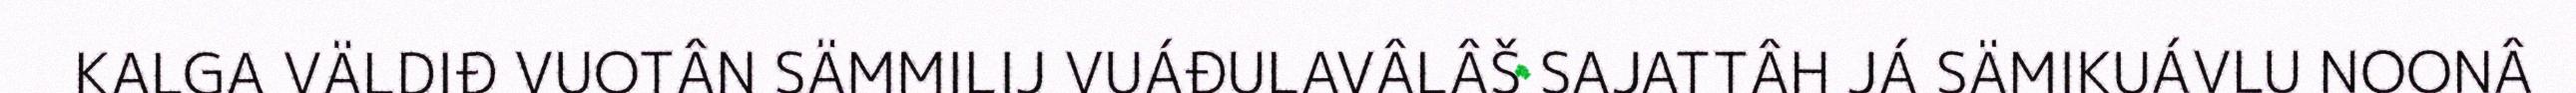
KALGA VÄLDIĐ VUOTÂN SÄMMILIJ VUÁĐULAVÂLÂŠ SAJATTÂH JÁ SÄMIKUÁVLU NOONÂ